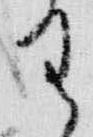
王